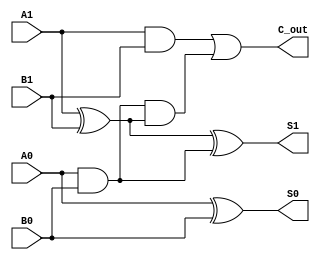
module cascaded_half_adder (
    input wire A1, A0,  // First input pair
    input wire B1, B0,  // Second input pair
    output wire S1, S0, // Sum output
    output wire C_out    // Carry output
);

    // Intermediate signals
    wire C1; // Carry output from the first half-adder

    // First Half-Adder (HA1)
    assign S0 = A0 ^ B0;  // Sum output for the first half-adder
    assign C1 = A0 & B0;  // Carry output for the first half-adder

    // Second Half-Adder (HA2)
    assign S1 = A1 ^ B1 ^ C1; // Sum output for the second half-adder
    assign C_out = (A1 & B1) | (C1 & (A1 ^ B1)); // Carry output for the second half-adder

endmodule